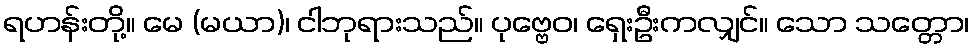
ရဟန်းတို့။ မေ (မယာ)၊ ငါဘုရားသည်။ ပုဗ္ဗေဝ၊ ရှေးဦးကလျှင်။ သော သတ္တော၊